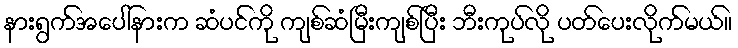
နားရွက်အပေါ်နားက ဆံပင်ကို ကျစ်ဆံမြီးကျစ်ပြီး ဘီးကုပ်လို ပတ်ပေးလိုက်မယ်။